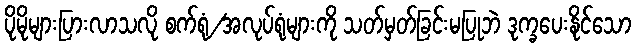
ပိုမိုများပြားလာသလို စက်ရုံ/အလုပ်ရုံများကို သတ်မှတ်ခြင်းမပြုဘဲ ဒုက္ခပေးနိုင်သော